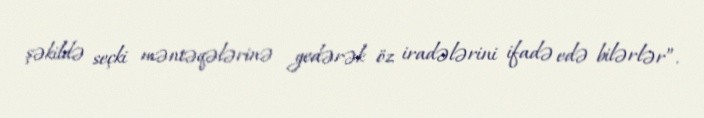
şəkildə seçki məntəqələrinə gedərək öz iradələrini ifadə edə bilərlər”.